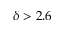
\delta > 2 . 6